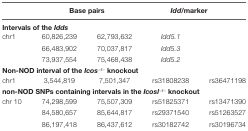
|  | <COLSPAN=2> Base pairs | <COLSPAN=2> Idd/marker |
 | --- | --- | --- | --- | --- |
 | <COLSPAN=5> Intervals of the Idds |
 | chr1 | 60,826,239 | 62,793,632 | Idd5.1 |  |
 |  | 66,483,902 | 70,037,817 | Idd5.3 |  |
 |  | 73,937,554 | 75,468,438 | Idd5.2 |  |
 | <COLSPAN=5> Non-NOD interval of the Icos−/− knockout |
 | chr1 | 3,544,819 | 7,501,347 | rs31808238 | rs36471198 |
 | <COLSPAN=5> non-NOD SNPs containing intervals in the Icosl−/− knockout |
 | chr 10 | 74,298,599 | 75,507,309 | rs51825371 | rs13471390 |
 |  | 84,580,657 | 85,644,817 | rs29371540 | rs51263527 |
 |  | 86,197,418 | 86,437,612 | rs30182742 | rs30196734 |